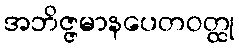
အဘိဇ္ဇမာနပေတဝတ္ထု